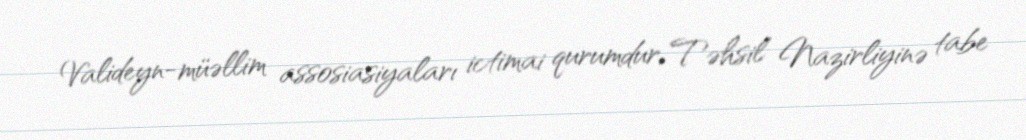
Valideyn-müəllim assosiasiyaları ictimai qurumdur, Təhsil Nazirliyinə tabe